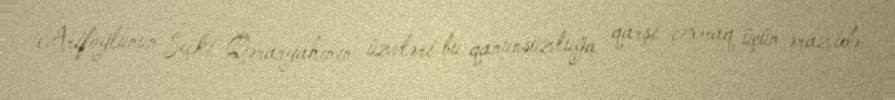
Arifoğlunun Seçki Qərargahının üzvləri bu qanunsuzluğa qarşı çıxmaq üçün ərazidə